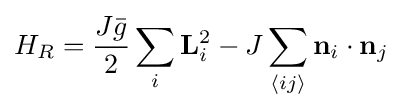
H_{R}={\frac {J{\bar {g}}}{2}}\sum _{i}\mathbf {L} _{i}^{2}-J\sum _{\langle ij\rangle }\mathbf {n} _{i}\cdot \mathbf {n} _{j}